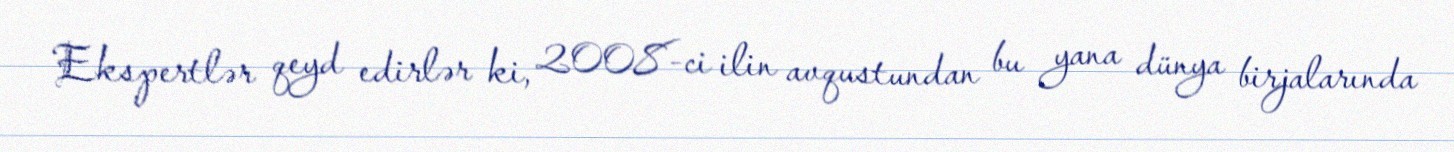
Ekspertlər qeyd edirlər ki, 2008-ci ilin avqustundan bu yana dünya birjalarında